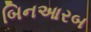
બિનઆરબ